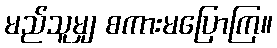
မည်သူမျှ စကားမပြောကြ။